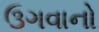
ઉગવાનો